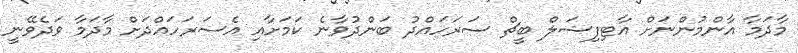
މާދަމާ އާންމުންނަށް އާޓިފިޝަލް ބީޗް ސަރަހައްދު ބަންދުވާނެ ކަމަށާއި އެސަރަހައްދަށް މާދަމާ ވަދެވޭނީ